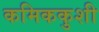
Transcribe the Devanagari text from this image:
कमिककुशी